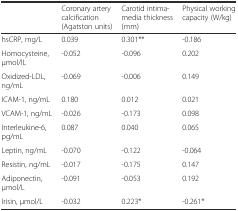
<table><thead><tr><td></td><td><b>Coronary artery calcification (Agatston units)</b></td><td><b>Carotid intima-media thickness (mm)</b></td><td><b>Physical working capacity (W/kg)</b></td></tr></thead><tbody><tr><td>hsCRP, mg/L</td><td>0.039</td><td>0.301**</td><td>-0.186</td></tr><tr><td>Homocysteine, μmol/lL</td><td>-0.052</td><td>-0.096</td><td>0.202</td></tr><tr><td>Oxidized-LDL, ng/mL</td><td>-0.069</td><td>-0.006</td><td>0.149</td></tr><tr><td>ICAM-1, ng/mL</td><td>0.180</td><td>0.012</td><td>0.021</td></tr><tr><td>VCAM-1, ng/mL</td><td>-0.026</td><td>-0.173</td><td>0.098</td></tr><tr><td>Interleukine-6, pg/mL</td><td>0.087</td><td>0.040</td><td>0.065</td></tr><tr><td>Leptin, ng/mL</td><td>-0.070</td><td>-0.122</td><td>-0.064</td></tr><tr><td>Resistin, ng/mL</td><td>-0.017</td><td>-0.175</td><td>0.147</td></tr><tr><td>Adiponectin, μmol/L</td><td>-0.091</td><td>-0.053</td><td>0.192</td></tr><tr><td>Irisin, μmol/L</td><td>-0.032</td><td>0.223*</td><td>-0.261*</td></tr></tbody></table>